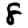
Digit: 8